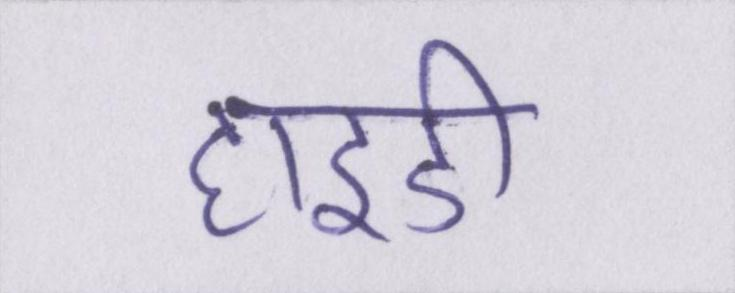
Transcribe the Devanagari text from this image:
हाइडी